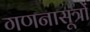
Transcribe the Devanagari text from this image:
गणनासूत्रों